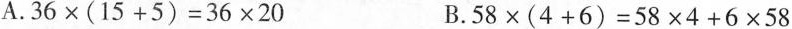
A.$$3 6 \times ( 1 5 + 5 ) = 3 6 \times 2 0$$ B.$$5 8 \times ( 4 + 6 ) = 5 8 \times 4 + 6 × 5 8$$